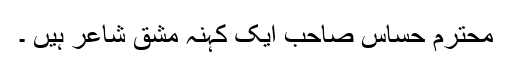
محترم حساس صاحب ایک کہنہ مشق شاعر ہیں ۔